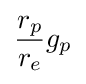
{\frac {r_{p}}{r_{e}}}g_{p}